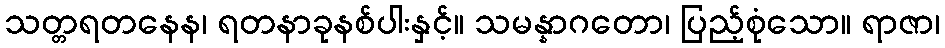
သတ္တရတနေန၊ ရတနာခုနစ်ပါးနှင့်။ သမန္နာဂတော၊ ပြည့်စုံသော။ ရာဇာ၊